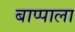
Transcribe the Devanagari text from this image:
बाप्पाला